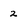
Character: 2